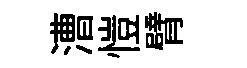
漕愷臂